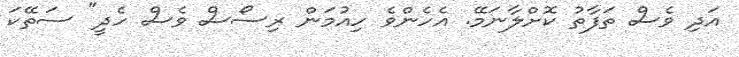
އަދި ވެސް ތަފާތު ކޮށްލާނަމޭ. އެހެންވެ ހިއުމަން ރިސޯސް ވެސް ހެދީ" ސަތޭކަ